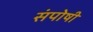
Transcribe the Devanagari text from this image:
संपोषी